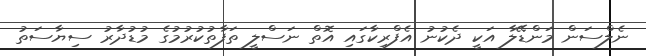
ނެލްސަން މަންޑޭލާ އަކީ ދެކުނު އެފްރިކާގައި އޮތް ނަސްލީ ތަފާތުކުރުމުގެ މުޑުދާރު ސިޔާސަތު